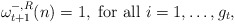
\begin{align*}\omega_{t+1}^{-, R}(n) =1, \mbox{ for all } i = 1, \dots, g_{t}, \end{align*}